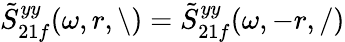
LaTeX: \tilde{S}_{21f}^{yy}(\omega,r,\backslash)=\tilde{S}_{21f}^{yy}(\omega,-r,/)